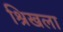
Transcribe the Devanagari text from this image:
श्रिखला